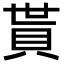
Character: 貰